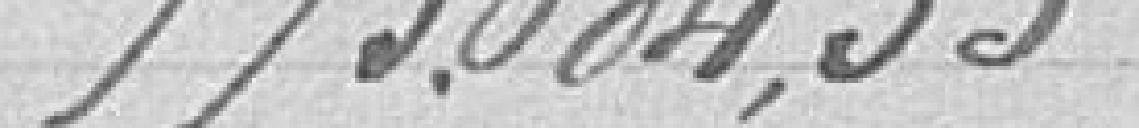
775 084,35